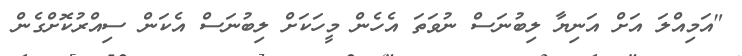
"އަމިއްލަ އަށް އަނިޔާ ލިބުނަސް ނުވަތަ އެހެން މީހަކަށް ލިބުނަސް އެކަން ސިއްރުކޮށްގެން